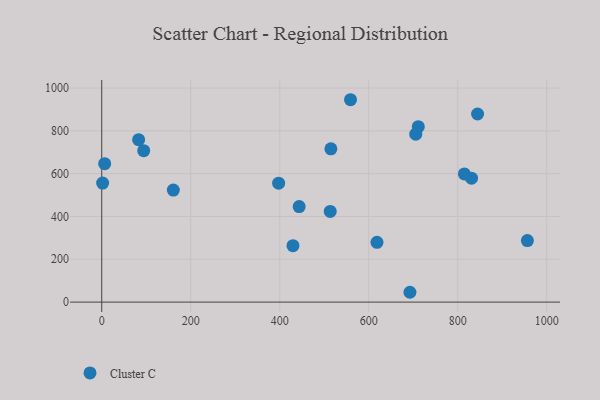
{"axis": {"x": "Ad Spend", "y": "Exam Score"}, "legend": ["Cluster C"], "data": [{"x": "559.0", "y": 945.5, "type": "Cluster C"}, {"x": "711.3", "y": 819.5, "type": "Cluster C"}, {"x": "160.9", "y": 523.4, "type": "Cluster C"}, {"x": "956.4", "y": 287.4, "type": "Cluster C"}, {"x": "94.3", "y": 707.3, "type": "Cluster C"}, {"x": "844.5", "y": 878.7, "type": "Cluster C"}, {"x": "618.5", "y": 279.3, "type": "Cluster C"}, {"x": "82.9", "y": 759.0, "type": "Cluster C"}, {"x": "2.0", "y": 556.2, "type": "Cluster C"}, {"x": "830.9", "y": 579.0, "type": "Cluster C"}, {"x": "692.5", "y": 45.9, "type": "Cluster C"}, {"x": "514.9", "y": 716.1, "type": "Cluster C"}, {"x": "397.5", "y": 555.4, "type": "Cluster C"}, {"x": "513.4", "y": 423.7, "type": "Cluster C"}, {"x": "814.8", "y": 598.7, "type": "Cluster C"}, {"x": "443.6", "y": 446.4, "type": "Cluster C"}, {"x": "6.6", "y": 646.8, "type": "Cluster C"}, {"x": "429.7", "y": 263.6, "type": "Cluster C"}, {"x": "705.6", "y": 784.7, "type": "Cluster C"}]}